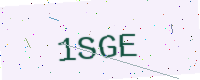
Text: 1SGE